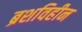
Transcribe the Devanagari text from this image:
ब्रशविहीन